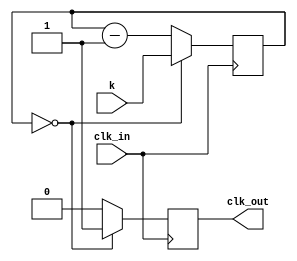
`timescale 1ns / 100ps // unit time is 1ns resolution 100 ps

module divclk(
	clk_in,
	clk_out,
	k
);
	
	parameter BIT_SZ=16;
	input clk_in;
	input [BIT_SZ-1:0] k;
	output clk_out;
	
	reg [BIT_SZ-1:0] count;
	reg clk_out;
	
	initial count=1'b0;// why dont need init
	initial clk_out=1'b0;

	
	always@(posedge clk_in)
	
		begin
		if (count==16'b0) begin
			clk_out<=1'b1;
			count<=k;
			end
		else begin
			count <= count-1'b1;
			clk_out<=1'b0;
			end
		end
endmodule